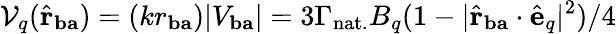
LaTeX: \mathcal{V}_{q}(\hat{\mathbf{r}}_{\mathbf{ba}})=(kr_{\mathbf{ba}})|V_{\mathbf{ba}}|=3\Gamma_{\mathrm{nat.}}B_{q}(1-|\hat{\mathbf{r}}_{\mathbf{ba}}\cdot\hat{\mathbf{e}}_{q}|^{2})/4